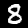
Label: 8